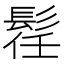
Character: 𲌛